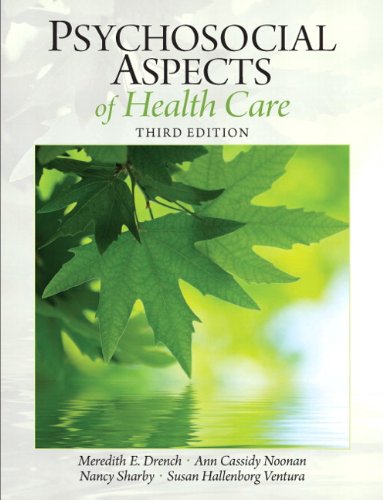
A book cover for Psychosocial Aspects of Healthcare (3rd Edition) (Drench, Psychosocial Aspects of Healthcare); Meredith E. Drench Ph.D.  PT; Medical Books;